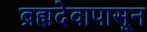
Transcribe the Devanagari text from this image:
ब्रह्मदेवापासून